Calcutta medical institutions reports 1892-1900
Year: 1892
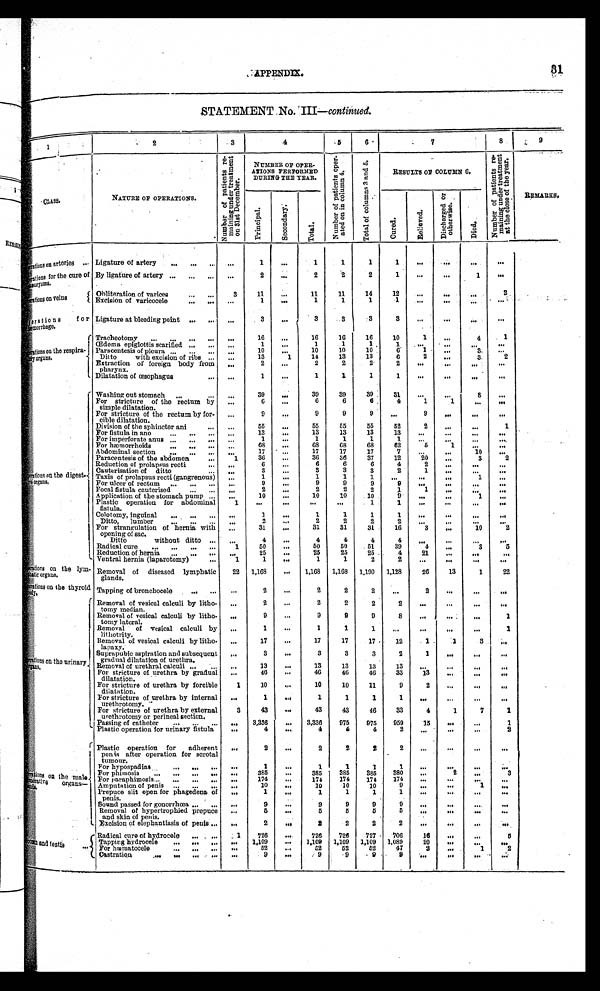
APPENDIX.
STATEMENT No. III— continued.
1
2
3
4
5
6
7
8
9
CLASS.
NATURE OF OPERATIONS.
N u m b e r o f p a t i e n t s r e - m a i n i n g u n d e r t r e a t m e n t o n 3 1 s t D e c e m b e r
NUMBER OF OPER-
ATIONS PERFORMED
DURING THE YEAR.
N u m b e r o f p a t i e n t s o p e r - a t e d o n i n c o l u m n 4 .
T o t a l o f c o l u m n s 3 a n d 5 .
RESULTS OF COLUMN 6.
N u m b e r o f p a t i e n t s r e - m a i n i n g u n d e r t r e a t m e n t a t t h e c l o s e o f t h e y e a r .
R E M A R K S.
C u r e d .
R e l i e v e d .
D i s c h a r g e d o r o t h e r w i s e .
Died.
P r i n c i p a l .
S e c o n d a r y .
T o t a l .
T o t a l .
<i l l e gi bl e >
P e r a t i o n s o n a r t e r i e s . . . Ligature of artery . . .
. . .
1
. . .
1
1
1
1
. . .
. . .
. . .
. . .
<illegible>Perations for the cure of
sueurysms.
By ligature of artery
. . .
. . .
2
. . .
2
2
2
1
. . .
. . .
1
. . .
<illegible>Perations on Veins
Obliteration of varices . . .
3
11
. . .
11
11
14
12
. . .
. . .
. . .
. . .
Excision of varicocele . . .
. . .
1
. . .
1
1
1
1
. . .
. . .
. . .
. . .
< i l l e g i b le
>
P e r a t i o n s f o r f e m o r r h a g e .
Ligature at bleeding point . . .
. . .
3
. . .
3
3
3
3
. . .
. . .
. . .
. . .
<illegible>Perations on the respira-
<illegible> organs.
Tracheotomy . . .
. . .
16
. . .
16
16
16
10
1
. . .
4
1
Œdema epiglottis scarified . . .
. . .
1
. . .
1
1
1
1 . . .
. . .
. . .
. . .
Paracentesis of pleura
. . .
. . .
10
. . .
10
10
10
6
1
. . .
3
. . .
Ditto with excision of ribs . . .
. . .
13
1
14
13
13
6
2
. . .
3
2
Extraction of foreign body from
pharynx.
. . .
2
. . .
2
2
2
2
. . .
. . .
. . .
. . .
Dilatation of oesophagus . . .
. . .
1
. . .
1
1
1
1
. . .
. . .
. . .
. . .
< i l l e g i b l e > P e r a t i o n s o n t h e d i g e s t -
<illegible> organs.
Washing out stomach . . .
. . .
39
. . .
39
39
39
31
. . .
. . .
8
. . .
For stricture of the rectum by
simple dilatation.
. . .
6
. . .
6
6
6
4
1
1
. . .
. . .
For stricture of the rectum by for-
cible dilatation.
. . .
9
. . .
9
9
9
. . .
9
. . .
. . .
. . .
Division of the sphincter ani . . .
. . .
55
. . .
55
55
55
52
2
. . .
. . .
1
For fistula in ano . . .
. . .
13
. . .
13
13
13
13
. . .
. . .
. . .
. . .
For imperforate anus . . .
. . .
1
. . .
1
1
1
1
. . .
. . .
. . . . . .
For hæmorrhoids . . .
. . .
68
. . .
68
68
68
62
5
1
. . .
. . .
Abdominal section . . .
. . .
17
. . .
17
17
17
7
. . .
. . .
10
. . .
Paracentesis of the abdomen . . .
1
36
. . .
36
36
37
12
20
. . .
3
2
Reduction of prolapsus recti . . .
. . .
6
. . .
6
6
6
4
2
. . .
. . .
. . .
Cauterisation of ditto . . .
. . .
3
. . .
3
3
3
2
1
. . .
. . .
. . .
Taxis of prolapsus recti (gangrenous
. . .
1
. . .
1
1
1
. . .
. . .
. . .
1
. . .
For ulcer of rectum . . .
. . .
9
. . .
9
9
9
9
. . .
. . .
. . .
. . .
Focal fistula cauterised . . .
. . .
2
. . .
2
2
2
1
1
. . .
. . .
. . .
Application of the stomach pump . . .
. . .
10
. . .
10
10
10
9
. . .
. . .
1
. . .
Plastic operation for abdominal
fistula.
1
. . .
. . .
. . .
. . .
1
1
. . .
. . .
. . .
. . .
Colotomy, inguinal . . .
. . .
1
. . .
1
1
1
1
. . .
. . .
. . .
. . .
Ditto,
lumber . . .
. . .
2
. . .
2
2
2
2
. . .
. . .
. . .
. . .
For strangulation of hernia with
opening of sac.
. . .
31
. . .
31
31
31
16
3
. . .
10
2
Ditto without ditto . . .
. . .
4
. . .
4
4
4
4
. . .
. . .
. . .
. . .
Radical cure . . .
1
50
. . .
50
50
51
39
4
. . .
3
5
Reduction of hernia . . .
. . .
25
. . .
25
25
25
4
21
. . .
. . .
. . .
Ventral hernia (laparotomy) . . .
1
1
. . .
1
1
2
2
. . .
. . .
. . .
. . .
< i l l e g i b l e > P e r a t i o n s
o n t h e l y m -
phaticorgans.
Removal of
diseased lymphatic
glands.
22
1,168
. . .
1,168
1,168
1,190
1,128
26
13
1
22
< i l l e g i b l e > P e r a t i o n s o n t h e t h y r o i d
b o d y .
Tapping of bronchocele . . .
. . .
2
. . .
2
2
2
. . .
2
. . .
. . .
. . .
<illegible>Perations on the urinary
o r g a n s .
Removal of vesical calculi by litho-
tomy median.
. . .
2
. . .
2
2
2
2
. . .
. . .
. . .
Removal of vesical calculi by litho-
tomy lateral.
. . .
9
. . .
9
9
9
8
. . .
. . .
. . .
1
Removal of vesical calculi by
lithotrity.
. . .
1
. . .
1
1
1
. . .
. . .
. . .
. . .
1
Removal of vesical calculi by litho-
lapaxy.
. . .
17
. . .
17
17
17
12
1
1
3
. . .
Suprapubic aspiration and subsequent
gradual dilatation of urethra.
. . .
3
. . .
3
3
3
2
1
. . .
. . .
. . .
Removal of urethral calculi . . .
. . .
13
. . .
13
13
13
13
. . .
. . .
. . .
. . .
For stricture of urethra by gradual
dilatation.
. . .
46
. . .
46
46
46
33
13
. . .
. . .
. . .
For stricture of urethra by forcible
dilatation.
1
10
. . .
1 0
10
11
9
2
. . .
. . .
. . .
For stricture of urethra by internal
urethrotomy.
. . .
1
. . .
1
1
1
1
. . .
. . .
. . .
. . .
For stricture of urethra by external
urethrotomy or perineal section.
3
43
. . .
43
43
46
33
4
1
7
1
Passing of catheter . . .
. . .
3,336
. . .
3,336
975
975
959
15
. . .
. . .
1
Plastic operation for urinary fistula
. . .
4
. . .
4
4
4
2
. . .
. . .
. . .
2
< i l l e g i b l e > P e r a t i o n s
o n t h e m a l
e<illegible> organs—<illegible>
Plastic operation for adherent
pen is after operation for scrotal
tumour.
. . .
2
. . .
2
2
2
2
. . .
. . .
. . .
. . .
For hypospadias . . .
. . .
1
. . .
1
1
1
1
. . .
. . .
. . .
. . .
For phimosis . . .
. . .
385
. . .
385
385
385
380
. . .
2
. . .
3
For Paraphimosis . . .
. . .
174
. . .
174
174
174
174
. . .
. . .
. . .
. . .
Amputation of penis . . .
. . .
10
. . .
10
10
10
9
. . .
. . .
1
. . .
Prepuce slit open for phagedena of
penis.
. . .
1
. . .
1
1
1
1
. . .
. . .
. . .
. . .
Sound passed for gonorrhœa . . .
. . .
9
. . .
9
9
9
9
. . .
. . .
. . .
. . .
Removal of hypertrophied prepuce
and skin of penis.
. . .
5
. . .
5
5
5
5
. . .
. . .
. . .
. . .
Excision of elephantiasis of penis . . .
. . .
2
. . .
2
2
2
2
. . .
. . .
. . .
. . .
<illegible> and testis
. . .
Radical cure of hydrocele . . .
1
726
. . .
726
726
727
706
16
. . .
. . .
5
Tapping hydrocele . . .
. . .
1,109
. . .
1,109
1,109
1,109
1,089
20
. . .
. . .
. . .
For hæmatocele . . .
. . .
52
. . .
52
52
52
47
2
. . .
1
2
Castration . . .
. . .
9
. . .
9
9
9
9
. . .
. . .
. . .
. . .